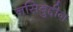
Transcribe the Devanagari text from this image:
नसिबुद्दीन